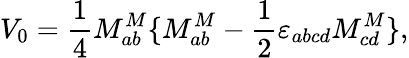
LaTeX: V_{0}=\frac 14M_{ab}^{M}\{ M_{ab}^{M}-\frac 12\varepsilon_{abcd}M_{cd}^{M}\} ,